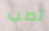
تصب